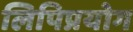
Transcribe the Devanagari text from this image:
लिपिप्रयोग